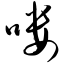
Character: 喽